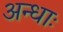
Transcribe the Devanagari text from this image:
अन्धाः